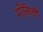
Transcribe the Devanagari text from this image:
मोसिली